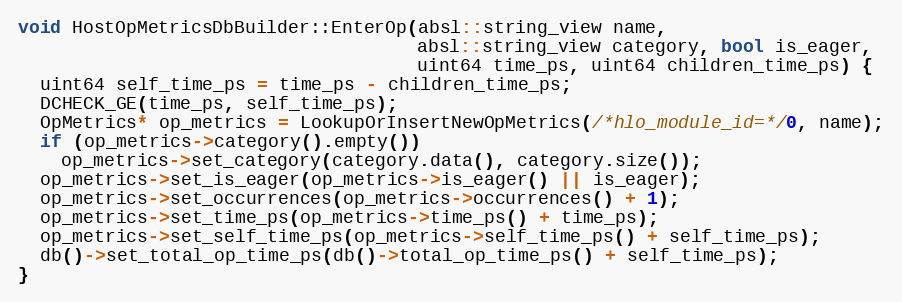
Language: C++
void HostOpMetricsDbBuilder::EnterOp(absl::string_view name,
                                     absl::string_view category, bool is_eager,
                                     uint64 time_ps, uint64 children_time_ps) {
  uint64 self_time_ps = time_ps - children_time_ps;
  DCHECK_GE(time_ps, self_time_ps);
  OpMetrics* op_metrics = LookupOrInsertNewOpMetrics(/*hlo_module_id=*/0, name);
  if (op_metrics->category().empty())
    op_metrics->set_category(category.data(), category.size());
  op_metrics->set_is_eager(op_metrics->is_eager() || is_eager);
  op_metrics->set_occurrences(op_metrics->occurrences() + 1);
  op_metrics->set_time_ps(op_metrics->time_ps() + time_ps);
  op_metrics->set_self_time_ps(op_metrics->self_time_ps() + self_time_ps);
  db()->set_total_op_time_ps(db()->total_op_time_ps() + self_time_ps);
}